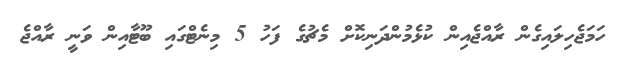
ހަމަޖެހިލައިގެން ރާއްޖެއިން ކުޅެމުންދަނިކޮށް މެޗުގެ ފަހު 5 މިނެޓްގައި ބޫޓާއިން ވަނީ ރާއްޖެ